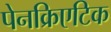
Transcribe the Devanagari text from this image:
पेनक्रिएटिक